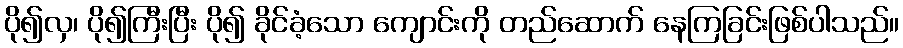
ပို၍လှ၊ ပို၍ကြီးပြီး ပို၍ ခိုင်ခံ့သော ကျောင်းကို တည်ဆောက် နေကြခြင်းဖြစ်ပါသည်။